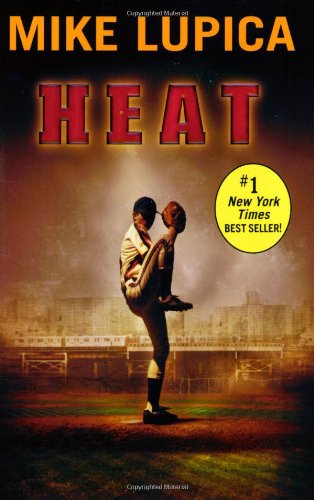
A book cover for Heat; Mike Lupica; Children's Books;